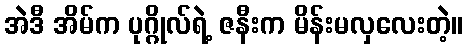
အဲဒီ အိမ်က ပုဂ္ဂိုလ်ရဲ့ ဇနီးက မိန်းမလှလေးတဲ့။